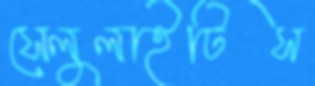
সেলুলাইটিস